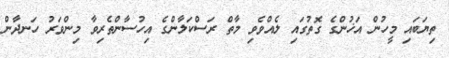
ތިޔަބައި މީހުން އަޚުންގެ ގޮތުގައި ލެއްވެވި މާތް ރަސްކަލާންގެ އިހުސާންތެރިވާ މިންވަރު ހަނދާން